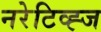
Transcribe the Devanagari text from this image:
नरेटिव्ह्ज